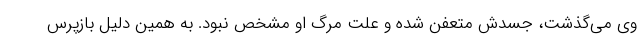
وی می‌گذشت، جسدش متعفن شده و علت مرگ او مشخص نبود. به همین دلیل بازپرس